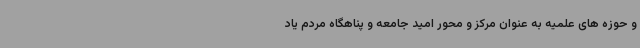
و حوزه های علمیه به عنوان مرکز و محور امید جامعه و پناهگاه مردم یاد